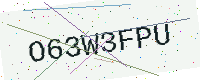
Text: O63W3FPU